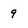
Character: 9